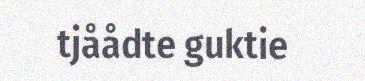
tjåådte guktie